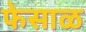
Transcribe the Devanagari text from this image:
फेसाळ